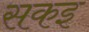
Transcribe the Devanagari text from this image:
सकइ